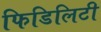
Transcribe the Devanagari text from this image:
फिडिलिटी